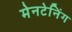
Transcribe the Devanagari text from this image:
मेनटेनिंग